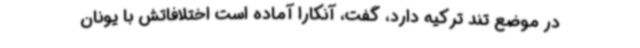
در موضع تند ترکیه دارد، گفت‌، آنکارا آماده است اختلافاتش با یونان